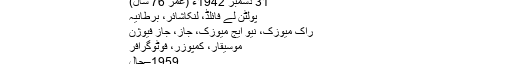
اینڈی سمرز - آزاد دائرۃ المعارف، ویکیپیڈیا
اینڈی سمرز
31 دسمبر 1942ء (عمر 76 سال)
پولٹن لے فائلڈ، لنکاشائر، برطانیہ
راک میوزک، نیو ایج میوزک، جاز، جاز فیوژن
موسیقار، کمپوزر، فوٹوگرافر
1959–حال
آر سی اے وکٹر، پرائیویٹ میوزک، اے ایم ریکارڈز
اینڈی سمرز (Andy Summers) ایک برطانوی گٹار نواز ہیں۔